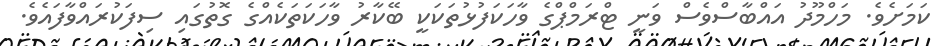
ކަމަށެވެ. މަހްމޫދު އައްބާސްވެސް ވަނީ ޓްރަމްޕްގެ ވާހަކަފުޅުތަކަކީ ބޭކާރު ވާހަކަތަކެއްގެ ގޮތުގައި ސިފަކުރައްވާފައެވެ.